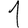
Digit: 1